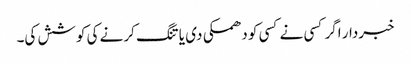
خبردار اگر کسی نے کسی کو دھمکی دی یا تنگ کرنے کی کوشش کی۔